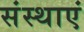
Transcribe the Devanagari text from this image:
संस्थाएं